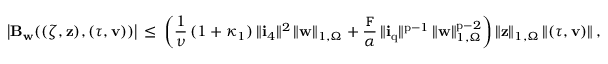
\big | \mathbf { B } _ { \mathbf { w } } ( ( { \boldsymbol \zeta } , { \mathbf { z } } ) , ( { \boldsymbol \tau } , { \mathbf { v } } ) ) \big | \, \leq \, \left( \frac { 1 } { \nu } \, ( 1 + \kappa _ { 1 } ) \, \| \mathbf { i } _ { 4 } \| ^ { 2 } \, \| { \mathbf { w } } \| _ { 1 , \Omega } + \frac { \mathtt { F } } { \alpha } \, \| \mathbf { i } _ { \mathrm { q } } \| ^ { \mathrm { p } - 1 } \, \| { \mathbf { w } } \| _ { 1 , \Omega } ^ { \mathrm { p } - 2 } \right) \| { \mathbf { z } } \| _ { 1 , \Omega } \, \| ( { \boldsymbol \tau } , { \mathbf { v } } ) \| \, ,